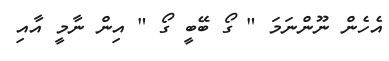
އެހެން ނޫންނަމަ " ގޯ ބޭބީ ގޯ " އިން ނާމީ އާއި